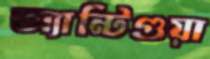
অ্যান্টিগুয়া